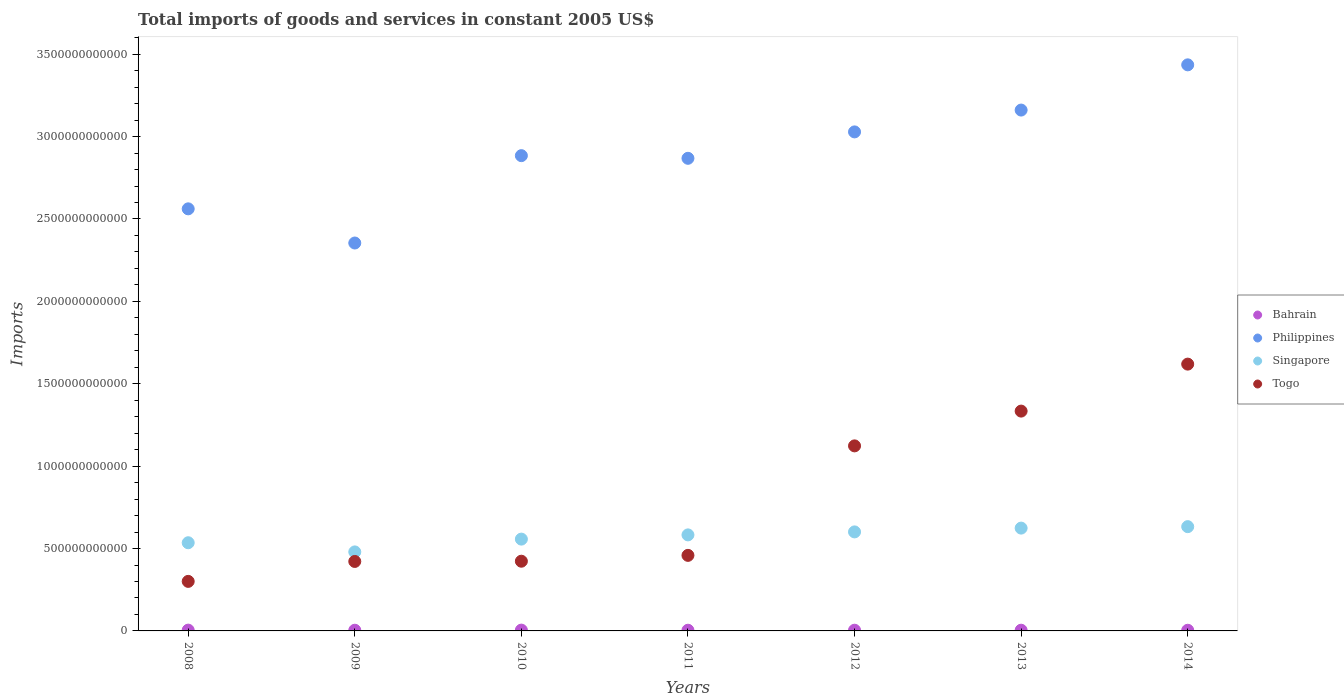
| Years | Bahrain | Philippines | Singapore | Togo |
 | --- | --- | --- | --- | --- |
 | 2008 | 4.83e+09 | 2.56e+12 | 5.35e+11 | 3.01e+11 |
 | 2009 | 4.2e+09 | 2.35e+12 | 4.8e+11 | 4.22e+11 |
 | 2010 | 4.92e+09 | 2.88e+12 | 5.57e+11 | 4.23e+11 |
 | 2011 | 4.2e+09 | 2.87e+12 | 5.83e+11 | 4.59e+11 |
 | 2012 | 4.3e+09 | 3.03e+12 | 6.01e+11 | 1.12e+12 |
 | 2013 | 4.33e+09 | 3.16e+12 | 6.24e+11 | 1.33e+12 |
 | 2014 | 4.06e+09 | 3.44e+12 | 6.33e+11 | 1.62e+12 |